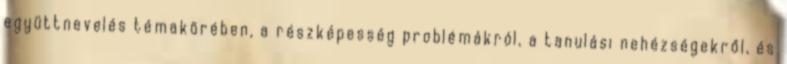
együttnevelés témakörében, a részképesség problémákról, a tanulási nehézségekről, és